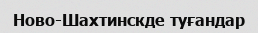
Ново-Шахтинскде туғандар